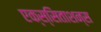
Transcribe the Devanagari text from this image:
एक्स्सिताशन्स